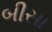
બીસા